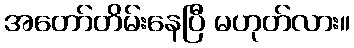
အတော်တိမ်းနေပြီ မဟုတ်လား။